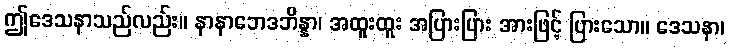
ဤဒေသနာသည်လည်း။ နာနာဘေဒဘိန္နာ၊ အထူးထူး အပြားပြား အားဖြင့် ပြားသော။ ဒေသနာ၊